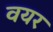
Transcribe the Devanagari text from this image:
वयर